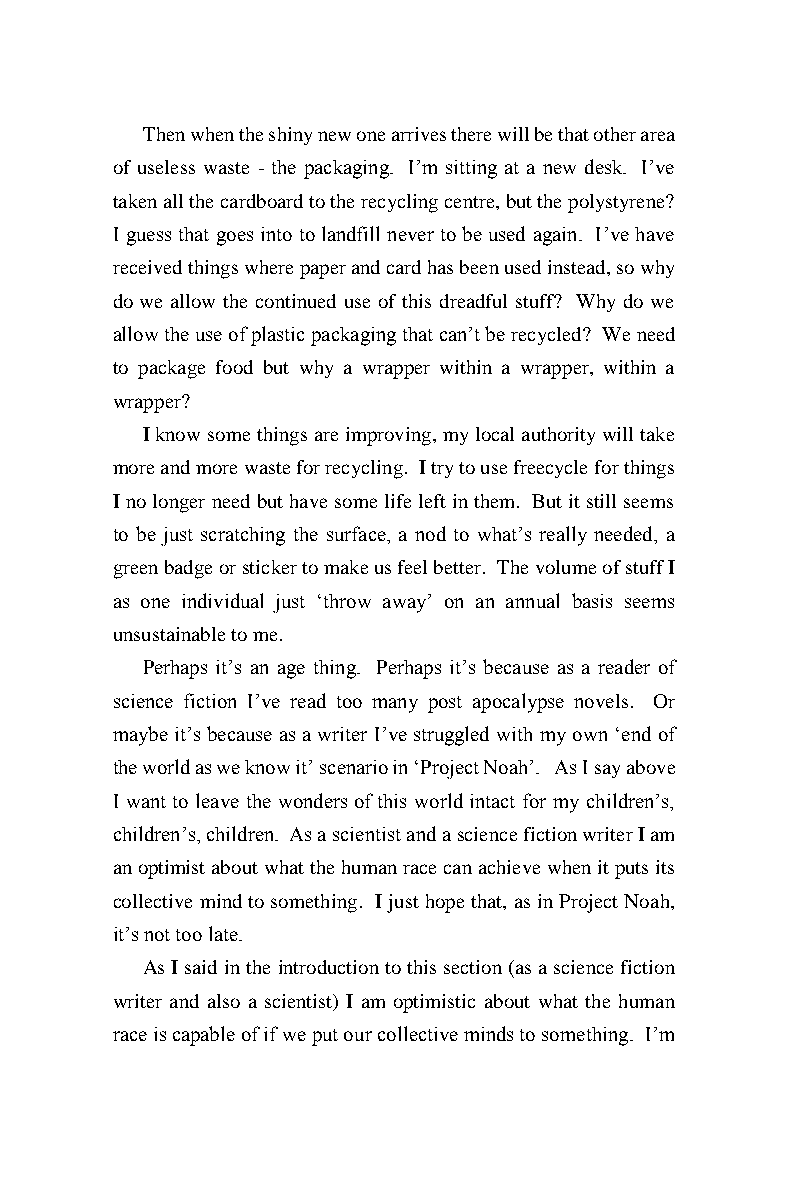
Then when the shiny new one arrives there will be that other area
 of useless waste - the packaging. I’m sitting at a new desk. I’ve
 taken all the cardboard to the recycling centre, but the polystyrene?
 I guess that goes into to landfill never to be used again. I’ve have
 received things where paper and card has been used instead, so why
 do we allow the continued use of this dreadful stuff? Why do we
 allow the use of plastic packaging that can’t be recycled? We need
 to package food but why a wrapper within a wrapper, within a
 wrapper?
 I know some things are improving, my local authority will take
 more and more waste for recycling. I try to use freecycle for things
 I no longer need but have some life left in them. But it still seems
 to be just scratching the surface, a nod to what’s really needed, a
 green badge or sticker to make us feel better. The volume of stuff I
 as one individual just ‘throw away’ on an annual basis seems
 unsustainable to me.
 Perhaps it’s an age thing. Perhaps it’s because as a reader of
 science fiction I’ve read too many post apocalypse novels. Or
 maybe it’s because as a writer I’ve struggled with my own ‘end of
 the world as we know it’ scenario in ‘Project Noah’. As I say above
 I want to leave the wonders of this world intact for my children’s,
 children’s, children. As a scientist and a science fiction writer I am
 an optimist about what the human race can achieve when it puts its
 collective mind to something. I just hope that, as in Project Noah,
 it’s not too late.
 As I said in the introduction to this section (as a science fiction
 writer and also a scientist) I am optimistic about what the human
 race is capable of if we put our collective minds to something. I’m